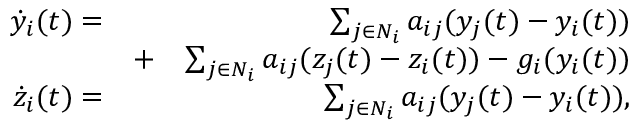
\begin{array} { r l r } { \dot { y } _ { i } ( t ) = } & { } & { \sum _ { j \in N _ { i } } a _ { i j } ( y _ { j } ( t ) - y _ { i } ( t ) ) } \\ & { + } & { \sum _ { j \in N _ { i } } a _ { i j } ( z _ { j } ( t ) - z _ { i } ( t ) ) - g _ { i } ( y _ { i } ( t ) ) } \\ { \dot { z } _ { i } ( t ) = } & { } & { \sum _ { j \in N _ { i } } a _ { i j } ( y _ { j } ( t ) - y _ { i } ( t ) ) , } \end{array}